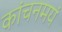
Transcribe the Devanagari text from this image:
कांचनमयं